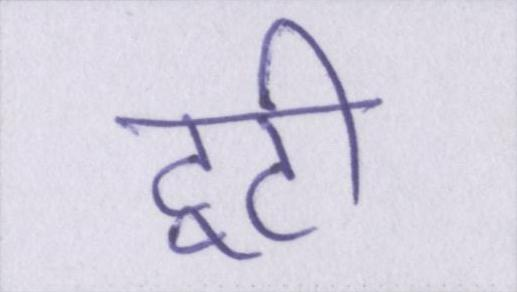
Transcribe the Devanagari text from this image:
टूटी